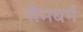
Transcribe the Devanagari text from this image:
सैमबर्ग